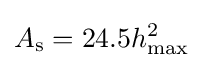
A_{\text{s}}=24.5h_{\text{max}}^{2}